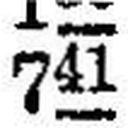
741